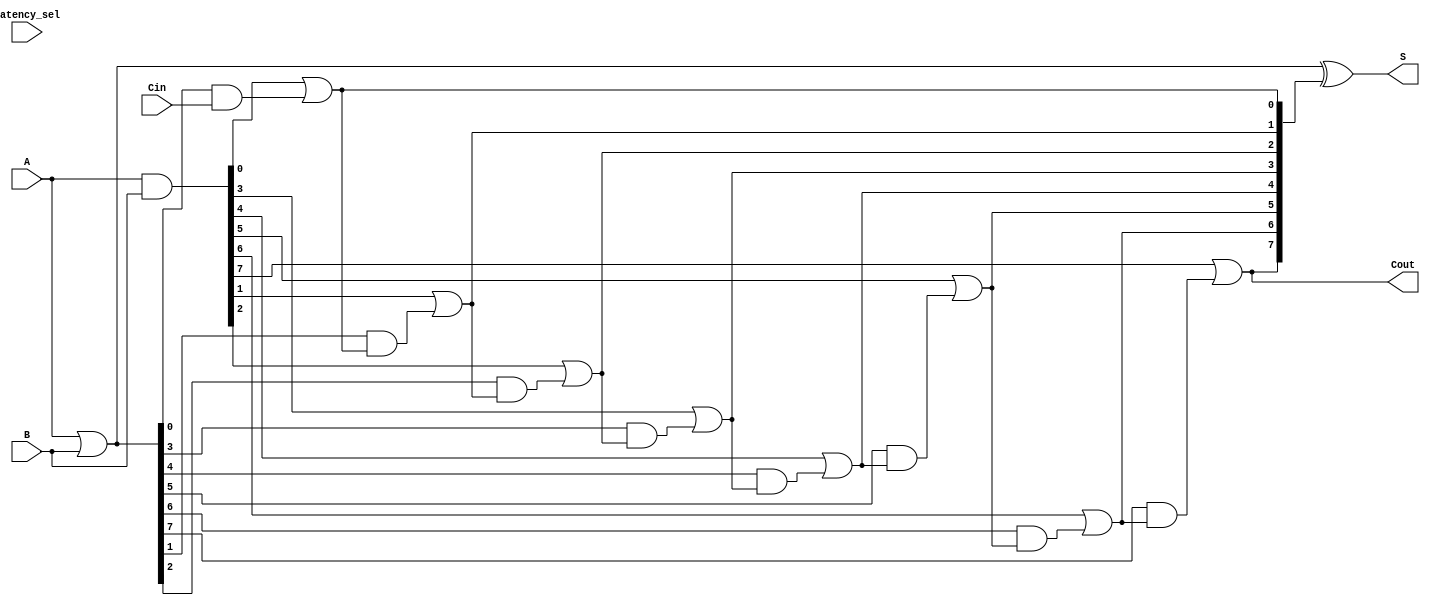
module VariableLatencyCLAA #(parameter N = 8) (
    input  wire [N-1:0] A,       // First n-bit input
    input  wire [N-1:0] B,       // Second n-bit input
    input  wire Cin,              // Carry input
    input  wire [1:0] latency_sel, // Latency selection signal
    output wire [N-1:0] S,        // n-bit sum output
    output wire Cout              // Carry output
);

    // Generate and Propagate signals
    wire [N-1:0] G; // Generate
    wire [N-1:0] P; // Propagate
    wire [N:0] C;   // Carry signals (C[0] is Cin)

    assign G = A & B;               // Generate signal
    assign P = A | B;               // Propagate signal
    assign C[0] = Cin;              // Carry input

    // Carry generation based on selected latency
    genvar i;
    generate
        for (i = 0; i < N; i = i + 1) begin : carry_logic
            if (i == 0) begin
                assign C[i + 1] = G[i] | (P[i] & C[i]); // C[1] from C[0]
            end else begin
                assign C[i + 1] = G[i] | (P[i] & C[i]); // C[i + 1] from C[i]
            end
        end
    endgenerate

    // Sum calculation
    assign S = P ^ C[N:1]; // S[i] = P[i] XOR C[i+1]

    // Carry out
    assign Cout = C[N]; // Final carry out

endmodule